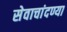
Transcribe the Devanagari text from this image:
सेवाचांदण्या